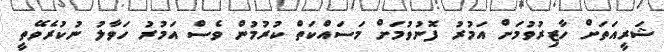
ޝަރީއަތަށް ހާޒިރުވުމަށް އަމުރު ފޮނުވުމަށް މަސައްކަތް ކުރުމުން ވެސް އަމުރު ހަވާލު ނުކުރެވޭތީ